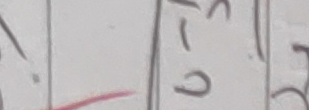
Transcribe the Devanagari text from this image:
८
७